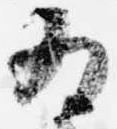
為